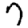
Digit: 7